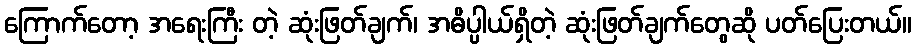
ကြောက်တော့ အရေးကြီး တဲ့ ဆုံးဖြတ်ချက်၊ အဓိပ္ပါယ်ရှိတဲ့ ဆုံးဖြတ်ချက်တွေဆို ပတ်ပြေးတယ်။